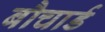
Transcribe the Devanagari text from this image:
बौचार्ड